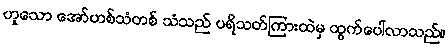
ဟူသော အော်ဟစ်သံတစ် သံသည် ပရိသတ်ကြားထဲမှ ထွက်ပေါ်လာသည်။